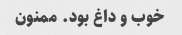
خوب و داغ بود. ممنون